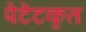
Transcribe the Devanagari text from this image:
पेटेंटकृत